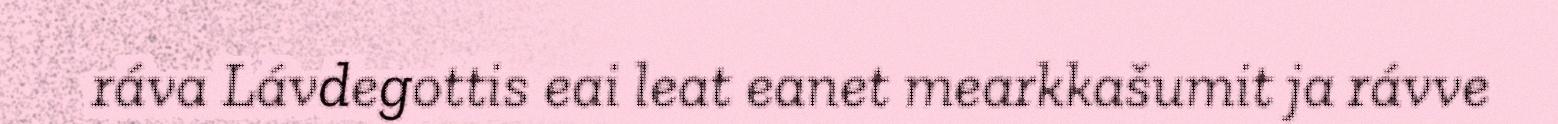
ráva Lávdegottis eai leat eanet mearkkašumit ja rávve